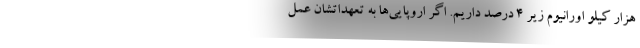
هزار کیلو اورانیوم زیر ۴ درصد داریم. اگر اروپایی‌ها به تعهداتشان عمل